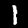
Digit: 1